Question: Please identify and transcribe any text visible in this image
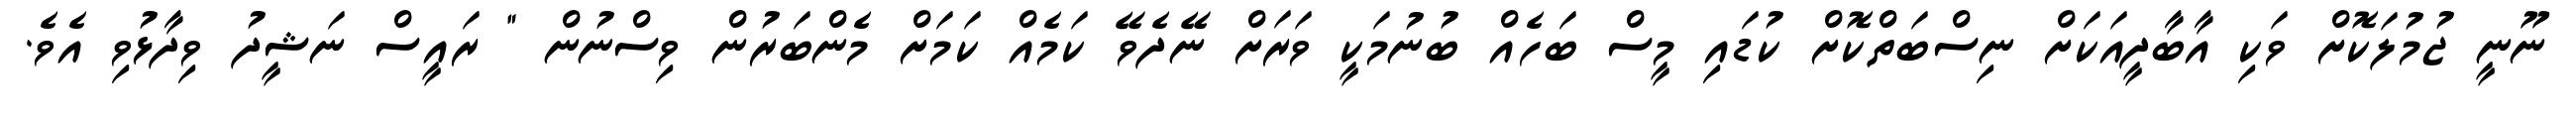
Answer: ނޫނީ ޖުމުލަކޮށް ވަކި އާބާދީއަކަށް ނިސްބަތްކޮށް ކުޑައި މީސް ބަހެއް ބުނުމަކީ ވަރަށް ނޭދެވޭ ކަމެއް ކަމަށް މެންބަރުން ވިސްނުން " ރައީސް ނަޝީދު ވިދާޅުވި އެވެ.